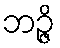
ဘဉ္ဇိ